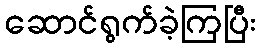
ဆောင်ရွက်ခဲ့ကြပြီး